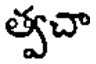
త్వచా